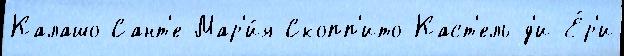
Калашо Сант'е-Мар'и́я Скопп'ито Каст'ель-д'и-Е́р'и